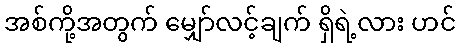
အစ်ကို့အတွက် မျှော်လင့်ချက် ရှိရဲ့လား ဟင်